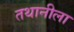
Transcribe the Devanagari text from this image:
तथानीला